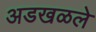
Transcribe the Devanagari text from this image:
अडखळले